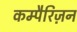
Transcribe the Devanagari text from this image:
कम्पैरिज़न